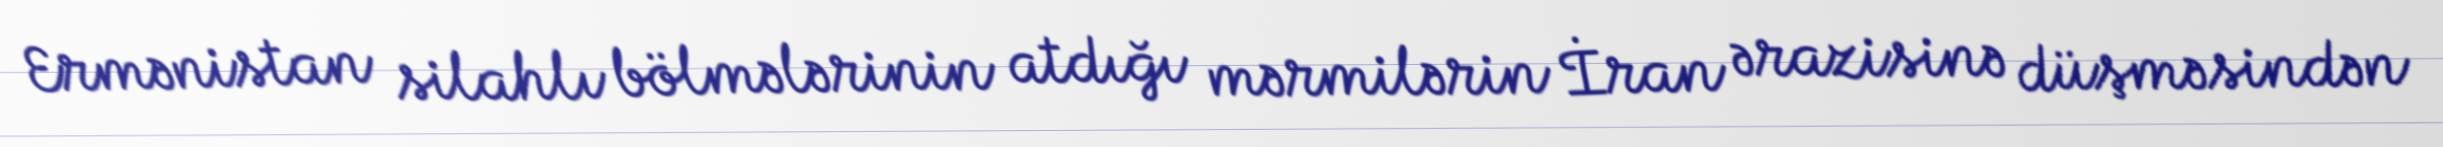
Ermənistan silahlı bölmələrinin atdığı mərmilərin İran ərazisinə düşməsindən